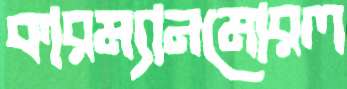
কারম্যানমোরল